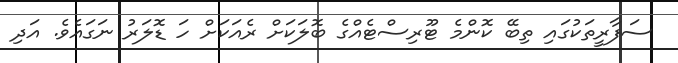
ސަފާރީތަކުގައި ތިބޭ ކޮންމެ ޓޫރިސްޓެއްގެ ބޮލަކަށް ރެއަކަށް ހަ ޑޮލަރު ނަގައެވެ. އަދި